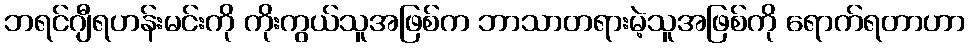
ဘရင်ဂျီရဟန်းမင်းကို ကိုးကွယ်သူအဖြစ်က ဘာသာတရားမဲ့သူအဖြစ်ကို ရောက်ရတာဟာ